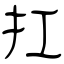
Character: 扛